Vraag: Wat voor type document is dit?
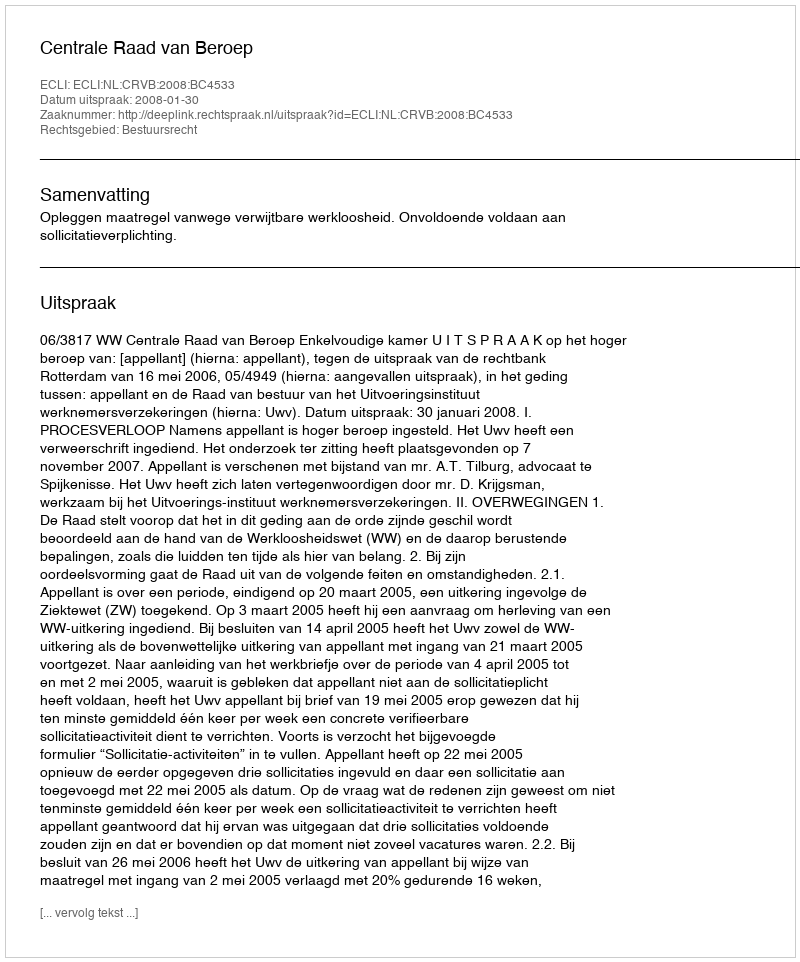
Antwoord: Uitspraak